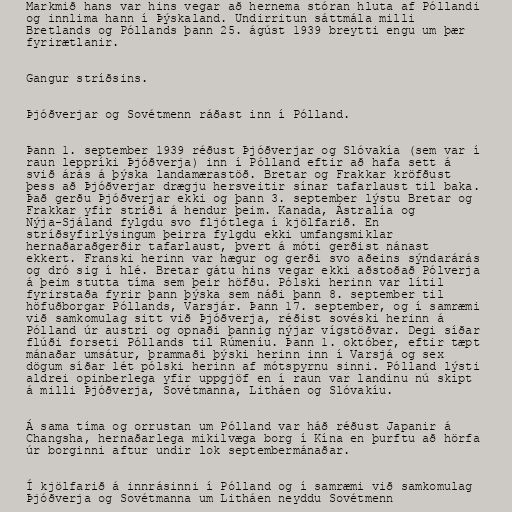
Markmið hans var hins vegar að hernema stóran hluta af Póllandi
og innlima hann í Þýskaland. Undirritun sáttmála milli
Bretlands og Póllands þann 25. ágúst 1939 breytti engu um þær
fyrirætlanir.

Gangur stríðsins.

Þjóðverjar og Sovétmenn ráðast inn í Pólland.

Þann 1. september 1939 réðust Þjóðverjar og Slóvakía (sem var í
raun leppríki Þjóðverja) inn í Pólland eftir að hafa sett á
svið árás á þýska landamærastöð. Bretar og Frakkar kröfðust
þess að Þjóðverjar drægju hersveitir sínar tafarlaust til baka.
Það gerðu Þjóðverjar ekki og þann 3. september lýstu Bretar og
Frakkar yfir stríði á hendur þeim. Kanada, Ástralía og
Nýja-Sjáland fylgdu svo fljótlega í kjölfarið. En
stríðsyfirlýsingum þeirra fylgdu ekki umfangsmiklar
hernaðaraðgerðir tafarlaust, þvert á móti gerðist nánast
ekkert. Franski herinn var hægur og gerði svo aðeins sýndarárás
og dró sig í hlé. Bretar gátu hins vegar ekki aðstoðað Pólverja
á þeim stutta tíma sem þeir höfðu. Pólski herinn var lítil
fyrirstaða fyrir þann þýska sem náði þann 8. september til
höfuðborgar Póllands, Varsjár. Þann 17. september, og í samræmi
við samkomulag sitt við Þjóðverja, réðist sovéski herinn á
Pólland úr austri og opnaði þannig nýjar vígstöðvar. Degi síðar
flúði forseti Póllands til Rúmeníu. Þann 1. október, eftir tæpt
mánaðar umsátur, þrammaði þýski herinn inn í Varsjá og sex
dögum síðar lét pólski herinn af mótspyrnu sinni. Pólland lýsti
aldrei opinberlega yfir uppgjöf en í raun var landinu nú skipt
á milli Þjóðverja, Sovétmanna, Litháen og Slóvakíu.

Á sama tíma og orrustan um Pólland var háð réðust Japanir á
Changsha, hernaðarlega mikilvæga borg í Kína en þurftu að hörfa
úr borginni aftur undir lok septembermánaðar.

Í kjölfarið á innrásinni í Pólland og í samræmi við samkomulag
Þjóðverja og Sovétmanna um Litháen neyddu Sovétmenn